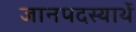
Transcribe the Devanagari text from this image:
जानपदस्यार्थे